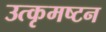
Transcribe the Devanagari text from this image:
उत्कृमष्टन